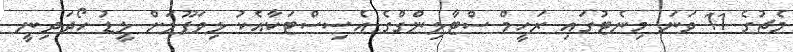
މެޗުގެ 11 ވަނަ މިނެޓުގައި ރަހީމް ސްޓާލިންގްގެ އެސިސްޓަކާއެކު ލިވަޕޫލަށް ލީޑު ހޯދަދިނީ